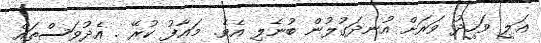
ޢަލީ ވަހީދު ވަރަށް އުނދަގުލުން ބުނެލި އެވެ. މަޢާފު ކުރޭ . އެދުވަސްތައް